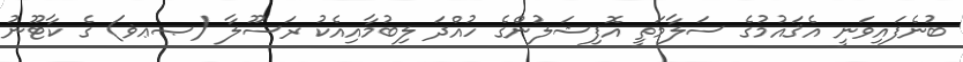
ބުނެފައިވަނީ އެޤައުމުގެ ސަލާމަތީ އޮފިޝަލުންގެ ހުއްދަ ލިބުމާއިއެކު ރަސޫލާ (ޞޢޥ) ގެ ކާޓޫނު